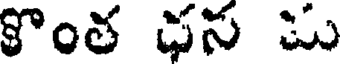
కొంత ధన ము